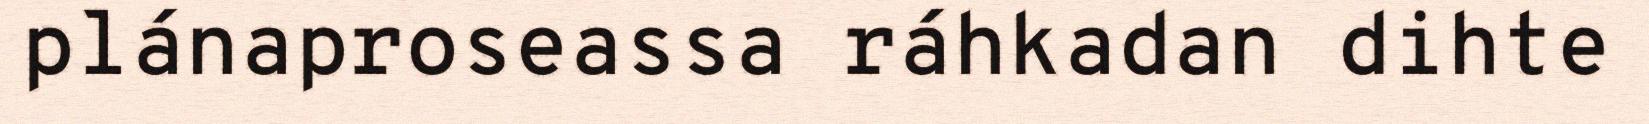
plánaproseassa ráhkadan dihte